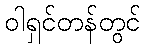
ဝါရှင်တန်တွင်